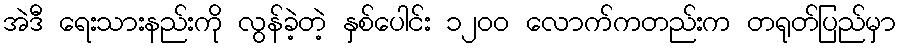
အဲဒီ ရေးသားနည်းကို လွန်ခဲ့တဲ့ နှစ်ပေါင်း ၁၂၀၀ လောက်ကတည်းက တရုတ်ပြည်မှာ